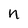
Character: n